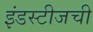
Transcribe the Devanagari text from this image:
इंडस्टीजची